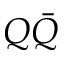
Q \bar { Q }